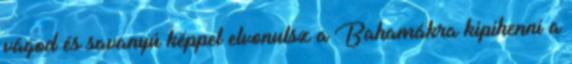
vágod és savanyú képpel elvonulsz a Bahamákra kipihenni a